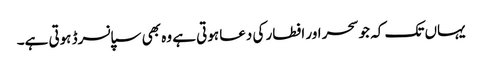
یہاں تک کہ جو سحر اور افطار کی دعا ہوتی ہے وہ بھی سپانسرڈ ہوتی ہے۔